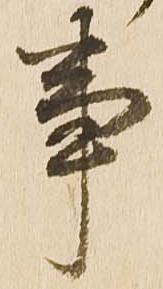
事